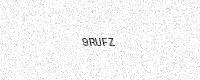
Text: 9RUFZ